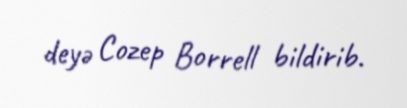
deyə Cozep Borrell bildirib.